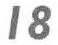
18